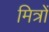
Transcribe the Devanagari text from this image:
मित्रों